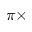
\pi \times